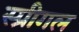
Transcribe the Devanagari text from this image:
स्प्रीगल